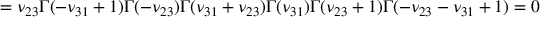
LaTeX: = \nu _ { 2 3 } { \Gamma ( - \nu _ { 3 1 } + 1 ) \Gamma ( - \nu _ { 2 3 } ) \Gamma ( \nu _ { 3 1 } + \nu _ { 2 3 } ) \o { \Gamma ( \nu _ { 3 1 } ) \Gamma ( \nu _ { 2 3 } + 1 ) \Gamma ( - \nu _ { 2 3 } - \nu _ { 3 1 } + 1 ) } } = 0